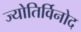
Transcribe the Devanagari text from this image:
ज्योतिर्विनोद